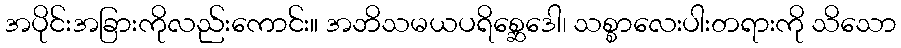
အပိုင်းအခြားကိုလည်းကောင်း။ အဘိသမယပရိစ္ဆေဒေါ၊ သစ္စာလေးပါးတရားကို သိသော